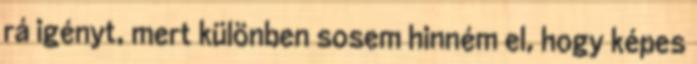
rá igényt, mert különben sosem hinném el, hogy képes